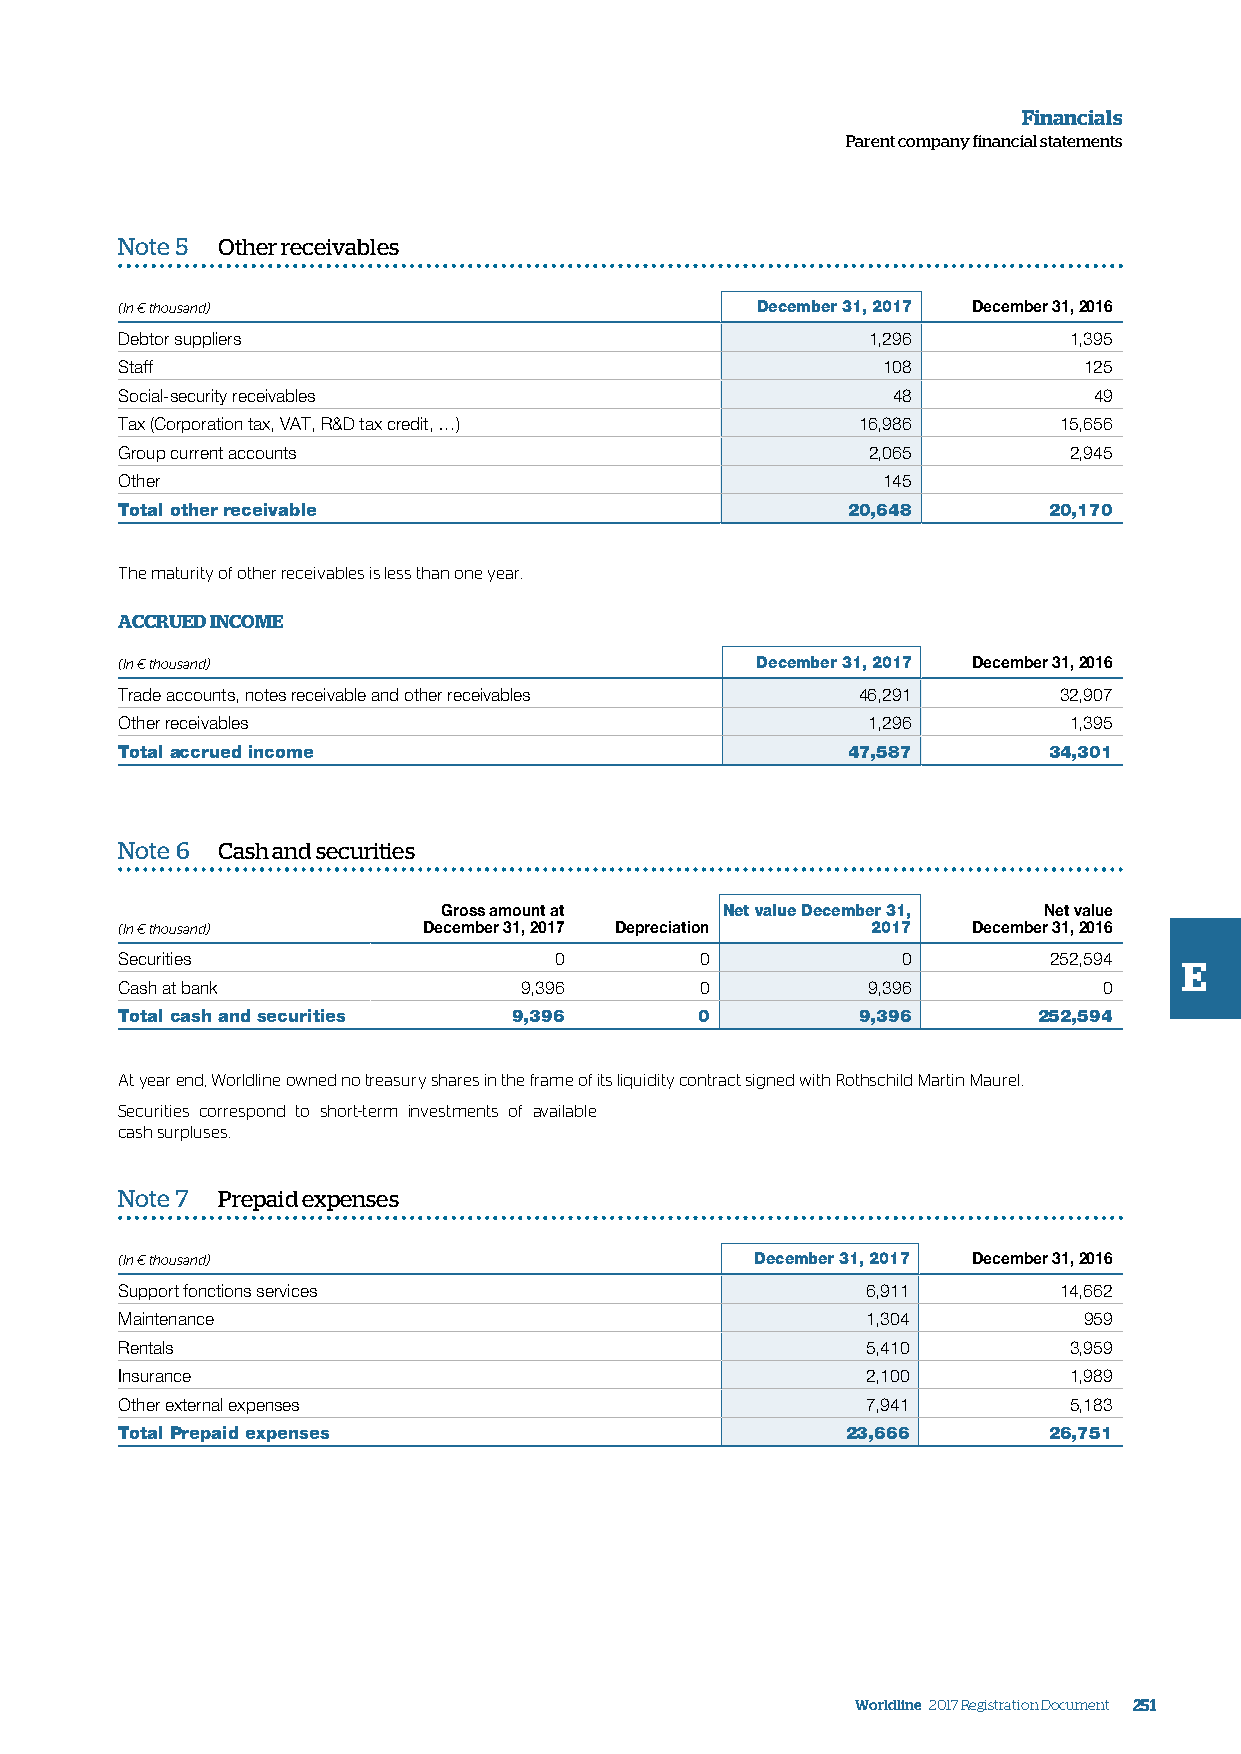
Financials
 Parent company financial statements
 Note 5 Other receivables
 (In € thousand)                           December 31, 2017 December 31, 2016
 Debtor suppliers                                 1,296         1,395
 Staff                                             108           125
 Social-security receivables                        48           49
 Tax (Corporation tax, VAT, R&D tax credit, …)    16,986       15,656
 Group current accounts                           2,065         2,945
 Other                                             145
 Total other receivable                          20,648       20,170
 The maturity of other receivables is less than one year.
 ACCRUED INCOME
 (In € thousand)                           December 31, 2017 December 31, 2016
 Trade accounts, notes receivable and other receivables 46,291 32,907
 Other receivables                                1,296         1,395
 Total accrued income                            47,587       34,301
 Note 6 Cash and securities
 Gross amount at    Net value December 31, Net value
 (In € thousand)     December 31, 2017 Depreciation 2017 December 31, 2016
 Securities                   0        0             0        252,594  E
 Cash at bank              9,396       0          9,396           0
 Total cash and securities 9,396       0          9,396       252,594
 At year end, Worldline owned no treasury shares in the frame of its liquidity contract signed with Rothschild Martin Maurel.
 Securities correspond to short-term investments of available
 cash surpluses.
 Note 7 Prepaid expenses
 (In € thousand)                           December 31, 2017 December 31, 2016
 Support fonctions services                       6,911        14,662
 Maintenance                                      1,304          959
 Rentals                                          5,410         3,959
 Insurance                                        2,100         1,989
 Other external expenses                          7,941         5,183
 Total Prepaid expenses                          23,666       26,751
 Worldline 2017 Registration Document 251